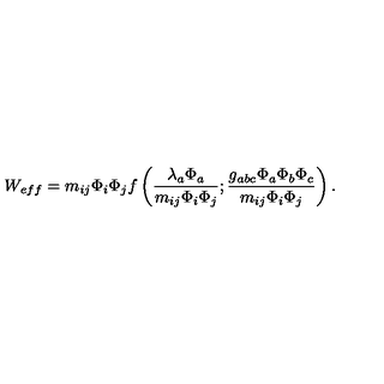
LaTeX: W _ { e f f } = m _ { i j } \Phi _ { i } \Phi _ { j } f \left( \frac { \lambda _ { a } \Phi _ { a } } { m _ { i j } \Phi _ { i } \Phi _ { j } } ; \frac { g _ { a b c } \Phi _ { a } \Phi _ { b } \Phi _ { c } } { m _ { i j } \Phi _ { i } \Phi _ { j } } \right) .